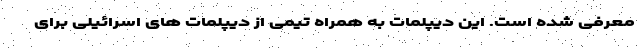
معرفی شده است. این دیپلمات به همراه تیمی از دیپلمات های اسرائیلی برای